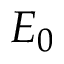
E _ { 0 }